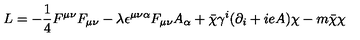
L = - \frac { 1 } { 4 } F ^ { \mu \nu } F _ { \mu \nu } - \lambda \epsilon ^ { \mu \nu \alpha } F _ { \mu \nu } A _ { \alpha } + \bar { \chi } \gamma ^ { i } ( \partial _ { i } + i e A ) \chi - m \bar { \chi } \chi